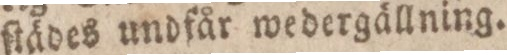
ſtädes undfår wedergällning.